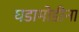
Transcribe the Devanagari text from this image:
घडामोडीना